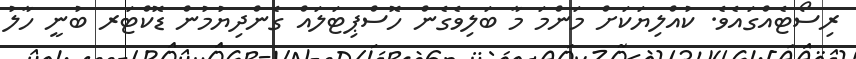
ރިސޯޓެއްގައެވެ. ކުއްލިޔަކަށް މަންމަ މާ ބަލިވެގެން ހޮސްޕިޓަލައް ގެންދިޔުމުން ޑޮކްޓަރ ބުނީ ހާލު